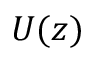
U ( z )